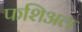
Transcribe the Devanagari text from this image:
फशिअल